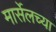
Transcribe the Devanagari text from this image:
मार्सेलच्या